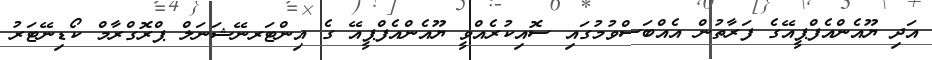
އަދި ޔޫއެންއެފްޕީއޭގެ ފަރާތުން އެއްބަސްވުމުގައި ސޮއިކުރެއްވީ ޔޫއެންއެފްޕީއޭ ގެ އިންޓަރނޭޝަނަލް ޕްރޮގްރާމް ކޯޑިނޭޓަރު